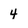
Character: 4